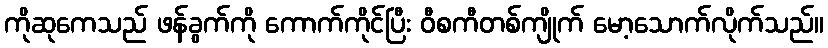
ကိုဆုကေသည် ဖန်ခွက်ကို ကောက်ကိုင်ပြီး ဝီစကီတစ်ကျိုက် မော့သောက်လိုက်သည်။